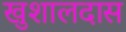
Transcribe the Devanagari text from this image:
खुशालदास